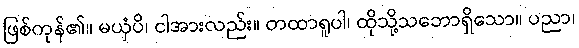
ဖြစ်ကုန်၏။ မယှံပိ၊ ငါအားလည်း။ တထာရူပါ၊ ထိုသို့သဘောရှိသော။ ပညာ၊